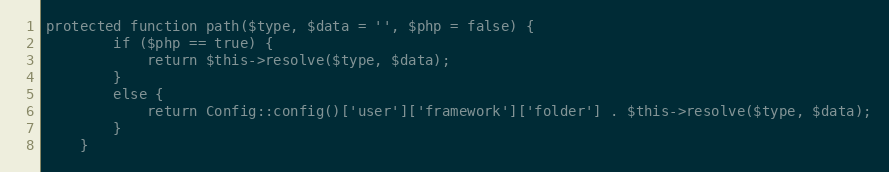
Language: PHP
protected function path($type, $data = '', $php = false) {
        if ($php == true) {
            return $this->resolve($type, $data);
        }
        else {
            return Config::config()['user']['framework']['folder'] . $this->resolve($type, $data);
        }
    }